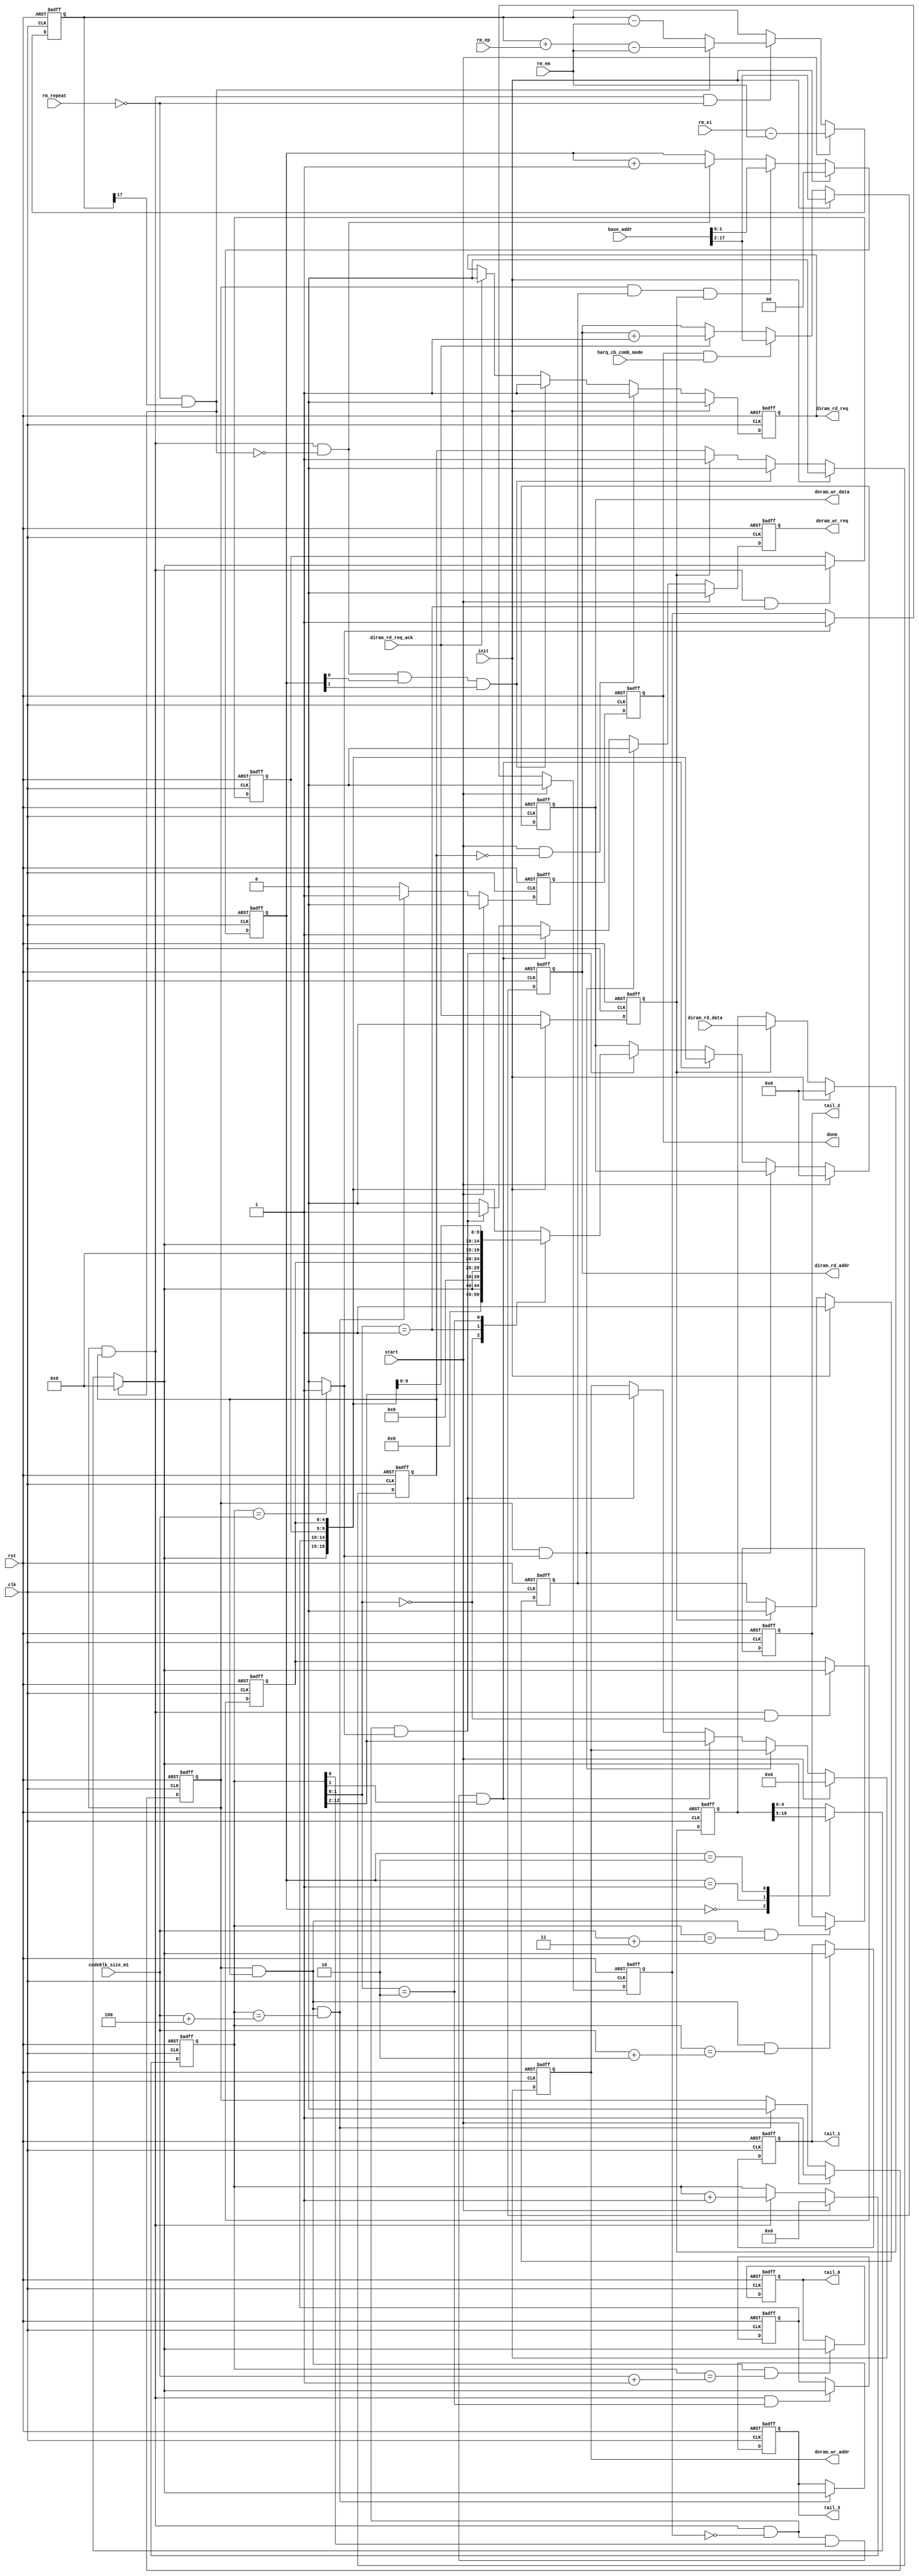
//////////////////////////////////////////////////////////////////////////////
// Module Name          : tdec_wrap_derm                                    //
//                                                                          //
// Type                 : Module                                            //
//                                                                          //
// Module Description   : Deratematching of sys/p1/p2                       //
//                                                                          //
// Timing Constraints   : Module is designed to work with a clock frequency //
//                        of 307.2 MHz                                      //
//                                                                          //
// Revision History     : 20170822    V0.1    File created                  //
//                                                                          //
//////////////////////////////////////////////////////////////////////////////
module tdec_wrap_derm (
    clk,
    rst,
    init,
    start,
    done,
    harq_cb_comb_mode,
    codeblk_size_m1,
    base_addr,
    rm_repeat,
    rm_ei,
    rm_em,
    rm_ep,
    tail_0,
    tail_1,
    tail_2,
    tail_3,
    diram_rd_req,
    diram_rd_req_ack,   // must be non-delay ack!!
    diram_rd_addr,
    diram_rd_data,
    doram_wr_req,
    doram_wr_addr,
    doram_wr_data
    );

// port declearation
input                       clk;
input                       rst;
input                       init;
input                       start;
output                      done;
input                       harq_cb_comb_mode;
input   [12:0]              codeblk_size_m1;
input   [17:0]              base_addr;
input                       rm_repeat;
input   [16:0]              rm_ei;
input   [16:0]              rm_em;
input   [16:0]              rm_ep;
output  [4:0]               tail_0;
output  [4:0]               tail_1;
output  [4:0]               tail_2;
output  [4:0]               tail_3;
output                      diram_rd_req;
input                       diram_rd_req_ack;
output  [15:0]              diram_rd_addr;
input   [19:0]              diram_rd_data;
output                      doram_wr_req;
output  [10:0]              doram_wr_addr;
output  [19:0]              doram_wr_data;
// reg
reg     [4:0]               tail_0;
reg     [4:0]               tail_1;
reg     [4:0]               tail_2;
reg     [4:0]               tail_3;
reg                         doram_wr_req;
reg     [10:0]              doram_wr_addr;
reg     [19:0]              doram_wr_data;
reg                         diram_rd_req;
reg     [15:0]              diram_rd_addr;
reg                         done;


// internal wire/register
reg                         work_en;
reg                         diram_rd_ack;
reg     [17:0]              rm_e;
reg     [12:0]              llr_cnt;
wire                        punc;
reg     [19:0]              cache_llr;
reg                         cache_flag;
reg     [1:0]               cache_ptr;
reg     [4:0]               cache_llr_cur;
wire    [4:0]               cache_llr_rev;
wire    [4:0]               llr_cur;
reg     [4:0]               llr_rm0;
reg     [4:0]               llr_rm1;
reg     [4:0]               llr_rm2;
wire                        llr_last;
reg                         tail_flag;
reg                         llr_done;
reg                         first_word_flag;    // non-8b alianed first word
//---------------------------------------------------------------------------
// work_en
//---------------------------------------------------------------------------
always @(posedge rst or posedge clk) begin
    if (rst) begin
        work_en <= 0;
    end
    else begin
        if (start) begin
            work_en <= 1;
        end
        else if (work_en == 1 && cache_flag == 1 && llr_cnt == codeblk_size_m1 + 4) begin
            work_en <= 0;
        end
    end
end
//---------------------------------------------------------------------------
// llr read
//---------------------------------------------------------------------------
// rd_req
always @(posedge rst or posedge clk) begin
    if (rst) begin
        diram_rd_req <= 0;
    end
    else begin
        if (init) begin
            diram_rd_req <= 0;
        end
        else if (start & (~cache_flag)) begin
            diram_rd_req <= 1;
        end
        else if (work_en & cache_flag & (~punc) & cache_ptr[0] & cache_ptr[1]) begin
            diram_rd_req <= 1;
        end
        else if (diram_rd_req_ack) begin
            diram_rd_req <= 0;
        end
    end
end
// rd_addr
// harq_cb_comb_mode == 0: all code blocks are stored continuously in memory
// harq_cb_comb_mode == 1: each code block start from base_addr
always @(posedge rst or posedge clk) begin
    if (rst) begin
        diram_rd_addr <= 0;
    end
    else begin
        if (init) begin
            diram_rd_addr <= base_addr[17:2];
        end
        else if (done && harq_cb_comb_mode) begin
            diram_rd_addr <= base_addr[17:2];
        end
        else if (diram_rd_req_ack) begin
            diram_rd_addr <= diram_rd_addr + 1;
        end
    end
end
// rd_ack delay
always @(posedge rst or posedge clk) begin
    if (rst) begin
        diram_rd_ack <= 0;
    end
    else begin
        if (init) begin
            diram_rd_ack <= 0;
        end
        else begin
            diram_rd_ack <= diram_rd_req_ack;
        end
    end
end
// cache_llr
always @(posedge rst or posedge clk) begin
    if (rst) begin
        cache_llr <= 0;
    end
    else begin
        if (init) begin
            cache_llr <= 0;
        end
        else if (diram_rd_ack) begin
            cache_llr <= diram_rd_data;
        end
    end
end
// cache_ptr
always @(posedge rst or posedge clk) begin
    if (rst) begin
        cache_ptr <= 0;
    end
    else begin
        if (init) begin
            cache_ptr <= 0;
        end
        else if (work_en & first_word_flag & diram_rd_ack) begin
            cache_ptr <= base_addr[1:0];
        end
        else if (work_en & cache_flag & (~punc)) begin
            cache_ptr <= cache_ptr + 1;
        end
    end
end
// first_word_flag
always @(posedge rst or posedge clk) begin
    if (rst) begin
        first_word_flag <= 1;
    end
    else begin
        if (init) begin
            first_word_flag <= 1;
        end
        else if (diram_rd_ack) begin
            first_word_flag <= 0;
        end
    end
end
// cache_flag
always @(posedge rst or posedge clk) begin
    if (rst) begin
        cache_flag <= 0;
    end
    else begin
        if (init) begin
            cache_flag <= 0;
        end
        else if (work_en & cache_flag & (~punc) & cache_ptr[0] & cache_ptr[1]) begin
            cache_flag <= 0;
        end
        else if (diram_rd_ack) begin
            cache_flag <= 1;
        end
    end
end
// cache_llr_cur
// dint_wcdma write ttram format
//      ttram_sel == 00 : ttram_din[23:18]
//      ttram_sel == 01 : ttram_din[17:12]
//      ttram_sel == 10 : ttram_din[11: 6]
//      ttram_sel == 11 : ttram_din[ 5: 0]
always @(*) begin
    case (cache_ptr)
        2'd0    : cache_llr_cur <= cache_llr[19:15];
        2'd1    : cache_llr_cur <= cache_llr[14:10];
        2'd2    : cache_llr_cur <= cache_llr[ 9: 5];
        default : cache_llr_cur <= cache_llr[ 4: 0];
    endcase
end
// llr calc of harq and tdec different
// assign cache_llr_rev = (cache_llr_cur == 5'b10000) ? 5'b01111 : (~cache_llr_cur + 1);        // one in tdec_core ????
assign cache_llr_rev = cache_llr_cur;

//---------------------------------------------------------------------------
// ratematching
//---------------------------------------------------------------------------
// rm_e
always @(posedge rst or posedge clk) begin
    if (rst) begin
        rm_e <= 0;
    end
    else begin
        if (start) begin
            rm_e <= {1'b0, rm_ei} - {1'b0, rm_em};
        end
        else if (work_en & cache_flag & (~rm_repeat)) begin
            if (punc) begin
                rm_e <= rm_e + {1'b0, rm_ep} - {1'b0, rm_em};
            end
            else begin
                rm_e <= rm_e - {1'b0, rm_em};
            end
        end
    end
end
// punc flag
assign punc = (~rm_repeat) & rm_e[17];
//---------------------------------------------------------------------------
// llr_cnt
//---------------------------------------------------------------------------
always @(posedge rst or posedge clk) begin
    if (rst) begin
        llr_cnt <= 0;
    end
    else begin
        if (start) begin
            llr_cnt <= 0;
        end
        else if (work_en & cache_flag) begin
            llr_cnt <= llr_cnt + 1;
        end
    end
end
//---------------------------------------------------------------------------
// deratematching llr cache
//---------------------------------------------------------------------------
// current llr value & last llr flag
assign llr_cur = punc ? 5'b00000 : cache_llr_rev;
assign llr_last = (llr_cnt == codeblk_size_m1) ? 1'b1 : 1'b0;
// llr after ratematching reg
always @(posedge rst or posedge clk) begin
    if (rst) begin
        llr_rm0 <= 0;
        llr_rm1 <= 0;
        llr_rm2 <= 0;
    end
    else begin
        // llr0
        if (work_en == 1 & cache_flag == 1 && llr_cnt[1:0] == 0) begin
            llr_rm0 <= llr_cur;
        end
        // llr1
        if (work_en == 1 & cache_flag == 1 && llr_cnt[1:0] == 1) begin
            llr_rm1 <= llr_cur;
        end
        // llr2
        if (work_en == 1 & cache_flag == 1 && llr_cnt[1:0] == 2) begin
            llr_rm2 <= llr_cur;
        end
    end
end
// tail_flag
always @(posedge rst or posedge clk) begin
    if (rst) begin
        tail_flag <= 0;
    end
    else begin
        if (start) begin
            tail_flag <= 0;
        end
        else if (llr_last) begin
            tail_flag <= 1;
        end
    end
end
// llr output
// wcdma2tbd_wd format {d3, d2, d1, d0}
always @(posedge rst or posedge clk) begin
    if (rst) begin
        doram_wr_req <= 0;
        doram_wr_addr <= 0;
        doram_wr_data <= 0;
    end
    else begin
        if (start) begin
            doram_wr_req <= 0;
            doram_wr_addr <= 0;
            doram_wr_data <= 0;
        end
        else if (work_en & llr_last) begin          // bugfix, 20170930, case421, if there is no this condition, en0 last for one more cycle
            doram_wr_req <= 0;
        end
        else if (work_en & cache_flag & (~tail_flag) & llr_cnt[0] & llr_cnt[1]) begin
            doram_wr_req <= 1;
            doram_wr_addr <= llr_cnt[12:2];
            doram_wr_data <= {llr_cur, llr_rm2, llr_rm1, llr_rm0};
        end
        else if (work_en & cache_flag & (~tail_flag) & llr_last) begin
            doram_wr_req <= 1;
            doram_wr_addr <= llr_cnt[12:2];
            case (llr_cnt[1:0])
                2'd0    : doram_wr_data <= {15'd0, llr_cur};
                2'd1    : doram_wr_data <= {10'd0, llr_cur, llr_rm0};
                2'd2    : doram_wr_data <= { 5'd0, llr_cur, llr_rm1, llr_rm0};
                default : doram_wr_data <= {llr_cur, llr_rm2, llr_rm1, llr_rm0};
            endcase
        end
        else begin
            doram_wr_req <= 0;
        end
    end
end
// tail output
always @(posedge rst or posedge clk) begin
    if (rst) begin
        tail_0 <= 0;
        tail_1 <= 0;
        tail_2 <= 0;
        tail_3 <= 0;
    end
    else begin
        // tail 0
        if (work_en == 1 && cache_flag == 1 && llr_cnt == codeblk_size_m1 + 1) begin
            tail_0 <= llr_cur;
        end
        // tail 1
        if (work_en == 1 && cache_flag == 1 && llr_cnt == codeblk_size_m1 + 2) begin
            tail_1 <= llr_cur;
        end
        // tail 2
        if (work_en == 1 && cache_flag == 1 && llr_cnt == codeblk_size_m1 + 3) begin
            tail_2 <= llr_cur;
        end
        // tail 3
        if (work_en == 1 && cache_flag == 1 && llr_cnt == codeblk_size_m1 + 4) begin
            tail_3 <= llr_cur;
        end
    end
end

// llr_done flag
always @(posedge rst or posedge clk) begin
    if (rst) begin
        llr_done <= 0;
    end
    else begin
        if (start) begin
            llr_done <= 0;
        end
        else if (work_en == 1 && cache_flag == 1 && llr_cnt == codeblk_size_m1 + 4) begin
            llr_done <= 1;
        end
        else begin
            llr_done <= 0;
        end
    end
end
// done output
always @(posedge rst or posedge clk) begin
    if (rst) begin
        done <= 0;
    end
    else begin
        done <= llr_done;
    end
end

endmodule